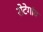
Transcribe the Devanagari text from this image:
रोटेगांव